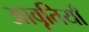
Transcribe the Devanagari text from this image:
आवृतियाँ